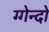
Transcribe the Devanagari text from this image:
ग्गेन्दो